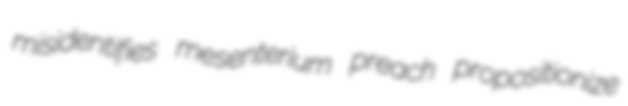
misidentifies mesenterium preach propositionize